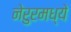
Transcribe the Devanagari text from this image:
नेरुरमध्ये